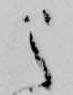
之